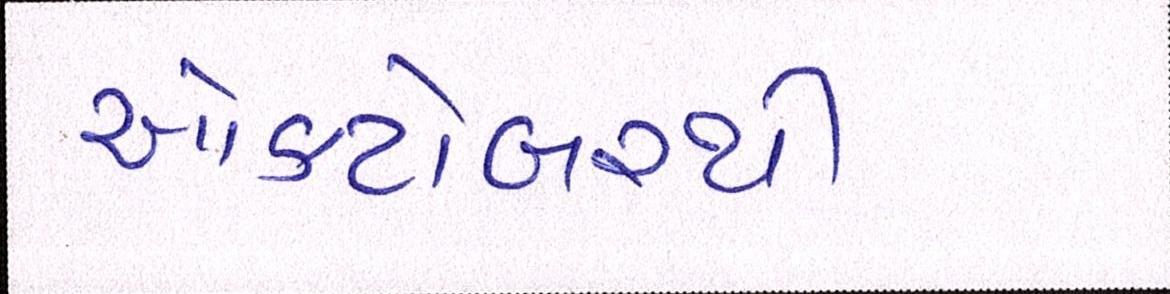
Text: ઓક્ટોબરથી